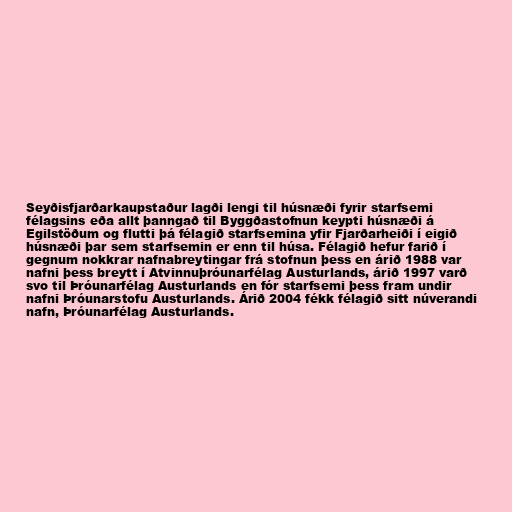
Seyðisfjarðarkaupstaður lagði lengi til húsnæði fyrir starfsemi
félagsins eða allt þanngað til Byggðastofnun keypti húsnæði á
Egilstöðum og flutti þá félagið starfsemina yfir Fjarðarheiði í eigið
húsnæði þar sem starfsemin er enn til húsa. Félagið hefur farið í
gegnum nokkrar nafnabreytingar frá stofnun þess en árið 1988 var
nafni þess breytt í Atvinnuþróunarfélag Austurlands, árið 1997 varð
svo til Þróunarfélag Austurlands en fór starfsemi þess fram undir
nafni Þróunarstofu Austurlands. Árið 2004 fékk félagið sitt núverandi
nafn, Þróunarfélag Austurlands.